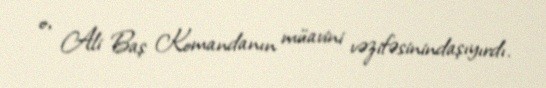
o, Ali Baş Komandanın müavini vəzifəsinindaşıyırdı.